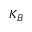
K _ { B }